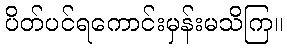
ပိတ်ပင်ရကောင်းမှန်းမသိကြ။